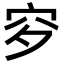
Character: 穸